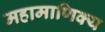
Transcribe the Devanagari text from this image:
महामाणिक्य